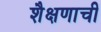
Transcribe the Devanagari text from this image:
शैक्षणाची